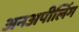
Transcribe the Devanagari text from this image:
अनअपीलिंग